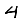
Digit: 4